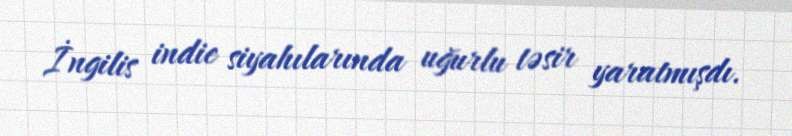
İngilis indie siyahılarında uğurlu təsir yaratmışdı.